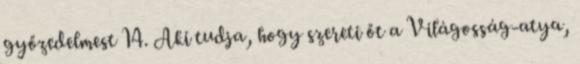
győzedelmest 14. Aki tudja, hogy szereti őt a Világosság-atya,